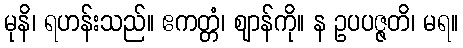
မုနိ၊ ရဟန်းသည်။ ဧကတ္တံ၊ ဈာန်ကို။ န ဥပပဇ္ဇတိ၊ မရ။